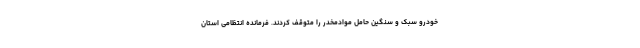
خودرو سبک و سنگین حامل موادمخدر را متوقف کردند. فرمانده انتظامی استان